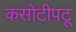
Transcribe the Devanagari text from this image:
कसोटीपटू